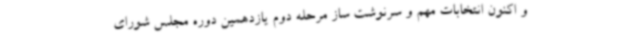
و اکنون انتخابات مهم و سرنوشت ساز مرحله دوم یازدهمین دوره مجلس شورای